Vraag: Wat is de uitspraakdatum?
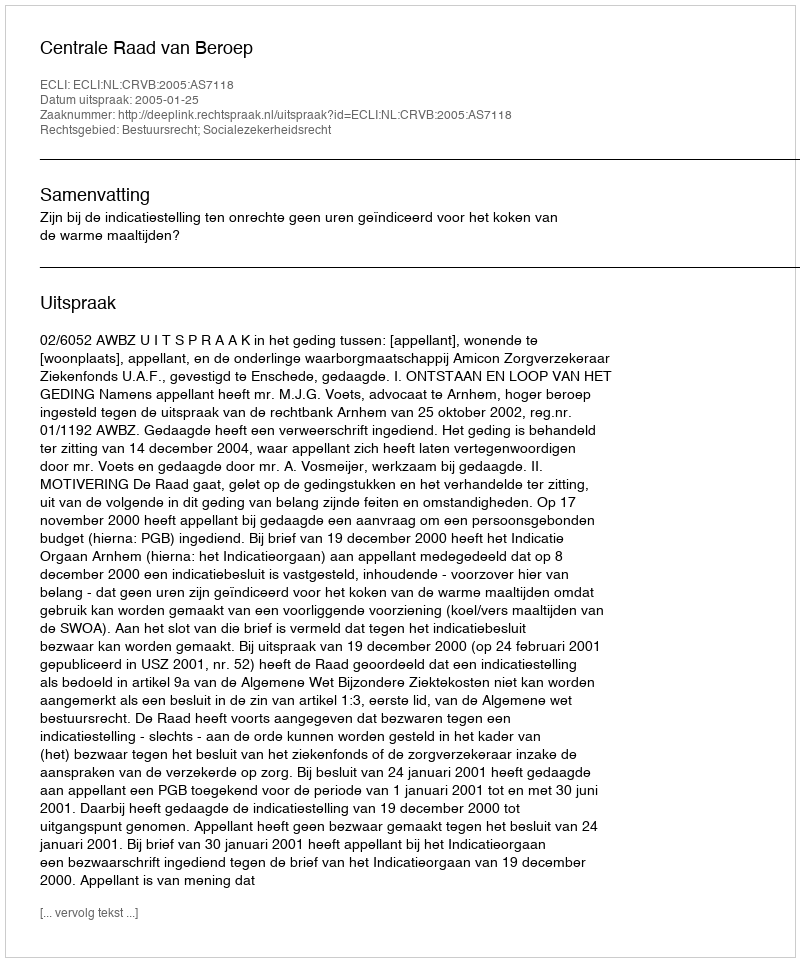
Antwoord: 2005-01-25